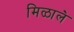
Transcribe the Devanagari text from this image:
मिळाल॓